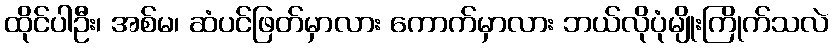
ထိုင်ပါဦး၊ အစ်မ၊ ဆံပင်ဖြတ်မှာလား ကောက်မှာလား ဘယ်လိုပုံမျိုးကြိုက်သလဲ